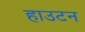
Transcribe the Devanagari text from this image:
हाउटन